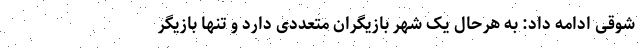
شوقی ادامه داد: به هرحال یک شهر بازیگران متعددی دارد و تنها بازیگر